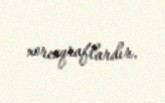
xoreoqraflardır.